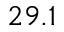
2 9 . 1